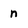
Character: n